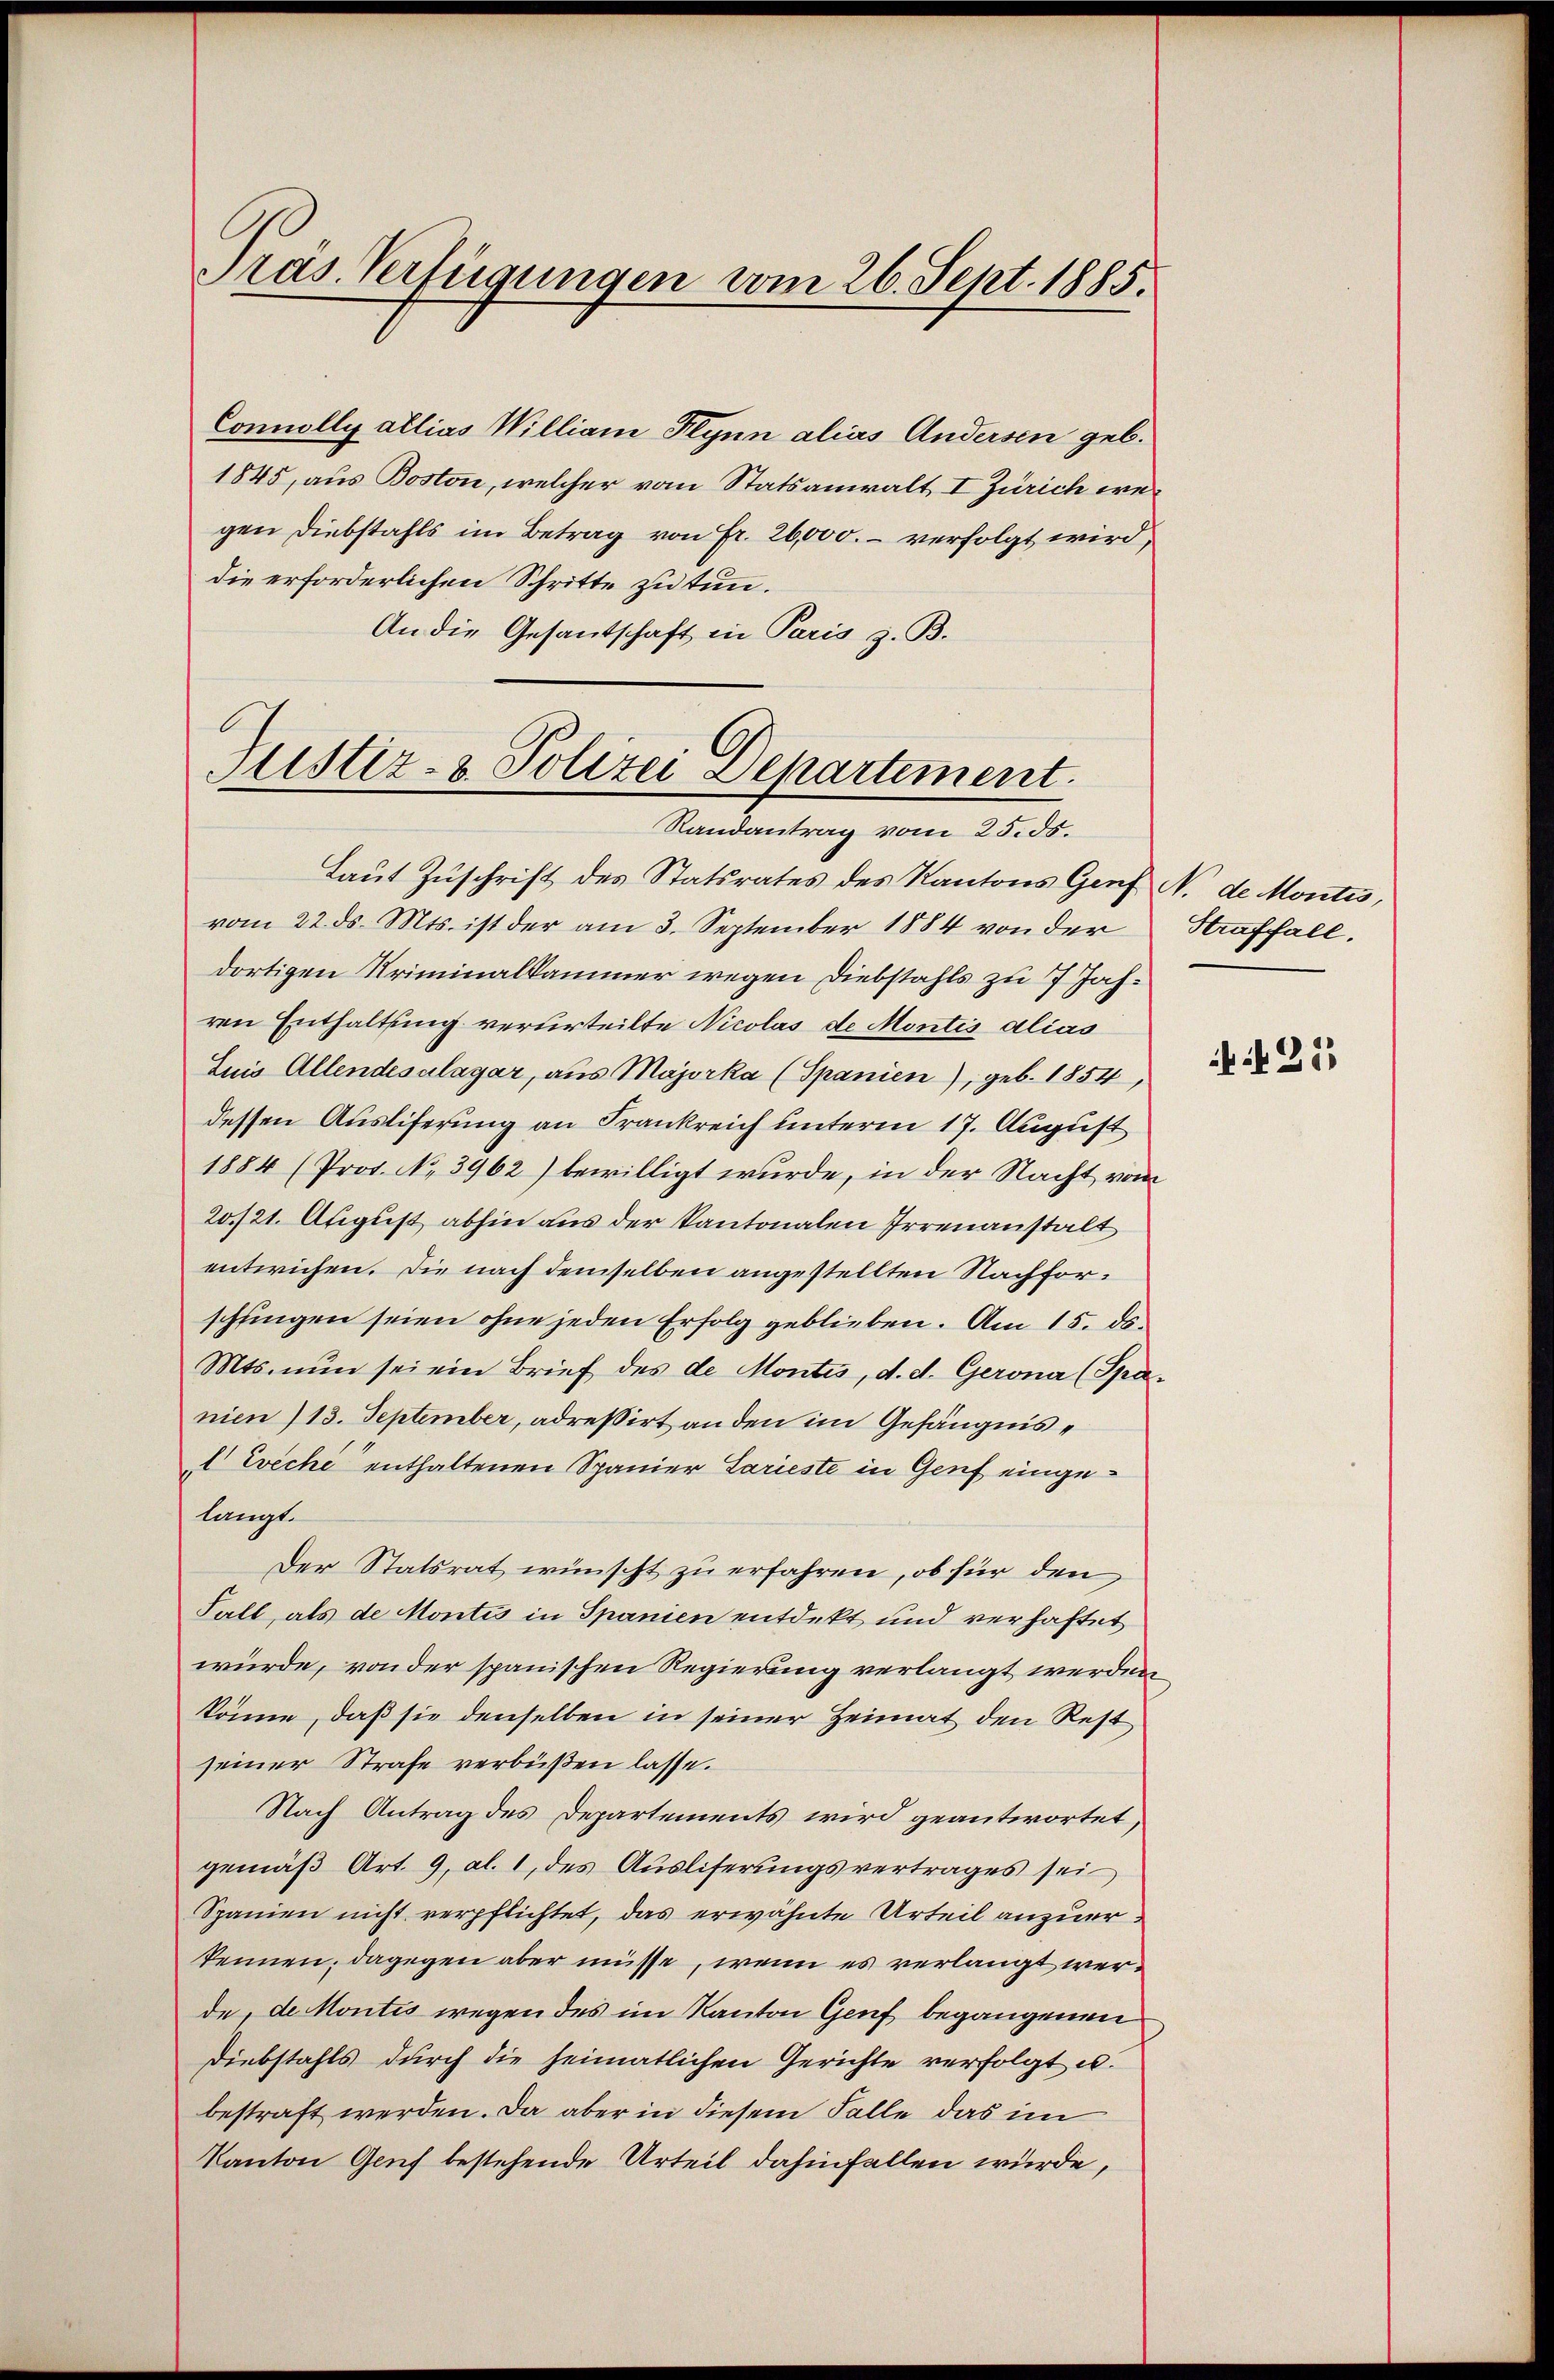
Präs. Verfügungen vom 26. Sept. 1885.

Connolly allias William Plynn alias Andersen geb.
1845, aus Boston, welcher vom Statsanwalt I Zürich wegen Diebstahls im Betrag von Fr. 26,000.- verfolgt wird,
die erforderlichen Schritte zu tun.
An die Gesandschaft in Paris z. B.

Justiz- & Polizei Departement
Randantrag vom 25. ds.

Laut Zuschrift des Statsrates des Kantons Genf No de Montes,
vom 22. ds. Mts. ist der am 3. September 1884 von der
dortigen Kriminalkammer wegen Diebstahls zu 7 Jahren Enthaltung verurteilte Nicolas de Montis alias
Luis Allendesalagar, aus Majorka (Spanien), geb. 1854,
dessen Ausliferung an Frankreich unterm 17. August
1884 (Prot. No. 3962) bewilligt wurde, in der Nacht vom
20/21. August abhin aus der Kantonalen Irrenanstalt
entwichen. Die nach demselben angestellten Nachforschungen seien ohne jeden Erfolg geblieben. Am 15. ds.
Mts. nun sei ein Brief des de Montis, d. d. Gerona (Spa-
nien 13. September, adreßirt an den im Gefängnis¬
 Evechi enthaltenen Spanier Larieste in Genf eingelangt.
Der Statsrat wünscht zu erfahren, ob für den
Fall, als de Montis in Spanien entdekt und verhaftet
würde, von der spanischen Regierung verlangt werden
könne, daß sie denselben in seiner Heimat den Rest
seiner Strafe verbüßen lasse.
Nach Antrag des Departements wird geantwortet,
gemäß Art. 9, Al. 1, des Ausliserungsvertrages sei
Spanien nicht verpflichtet, das erwähnte Urteil anzuerkennen, dagegen aber müsse, wenn es verlangt werde, de Montes wegen des im Kanton Genf begangenen
Diebstahls durch die heimatlichen Gerichte verfolgt u.
bestraft werden. Da aber in diesem Falle das im
Kanton Genf bestehende Urteil dahinfallen würde,

Straffall.

N. 25